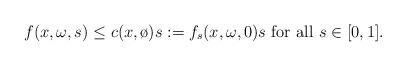
LaTeX: \begin{align*} f(x,\omega,s) \leq c(x,\o)s:= f_s(x,\omega,0)s \hbox{ for all } s\in [0,1].\end{align*}